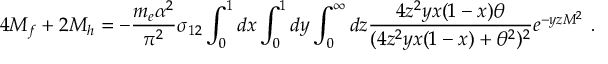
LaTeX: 4 { \cal M } _ { f } + 2 { \cal M } _ { h } = - { \frac { m _ { e } \alpha ^ { 2 } } { \pi ^ { 2 } } } \sigma _ { 1 2 } \int _ { 0 } ^ { 1 } d x \int _ { 0 } ^ { 1 } d y \int _ { 0 } ^ { \infty } d z { \frac { 4 z ^ { 2 } y x ( 1 - x ) \theta } { ( 4 z ^ { 2 } y x ( 1 - x ) + \theta ^ { 2 } ) ^ { 2 } } } e ^ { - y z M ^ { 2 } } \ .